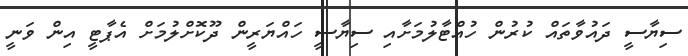
ސިޔާސީ ދައުވާތައް ކުރުން ހުއްޓާލުމަށާއި ސިޔާސީ ހައްޔަރީން ދޫކޮށްލުމަށް އެޕާޓީ އިން ވަނީ